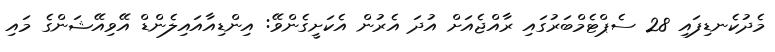
މެދުކެނޑިފައި 28 ސެޕްޓެމްބަރުގައި ރާއްޖެއަށް އުދަ އެރުން އެކަށީގެންވޭ: އިންޑިއާއައިލެންޑް އޭވިއޭޝަންގެ މައި